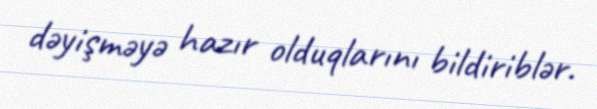
dəyişməyə hazır olduqlarını bildiriblər.